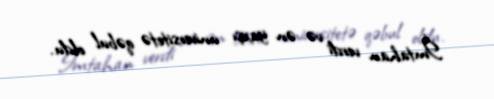
İmtahan verdi və ən yaxşı universitetə qəbul oldu.